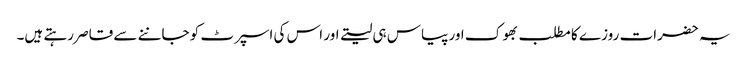
یہ حضرات روزے کا مطلب بھوک اور پیاس ہی لیتے اور اس کی اسپرٹ کو جاننے سے قاصر رہتے ہیں۔